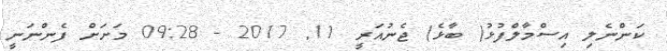
ކަންނެލި އިސްމާލްފުޅު( ބާޅެ) ޖެނުއަރީ 11